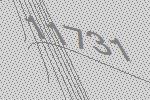
11731